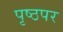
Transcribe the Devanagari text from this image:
पृष्ठपर